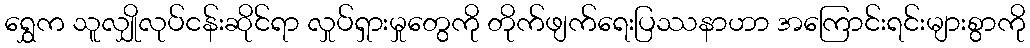
ရွှေက သူလျှိုလုပ်ငန်းဆိုင်ရာ လှုပ်ရှားမှုတွေကို တိုက်ဖျက်ရေးပြဿနာဟာ အကြောင်းရင်းများစွာကို